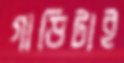
গাড়িটাই